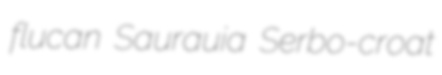
flucan Saurauia Serbo-croat